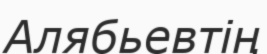
Алябьевтің